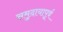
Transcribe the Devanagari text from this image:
समुदायापूर्व